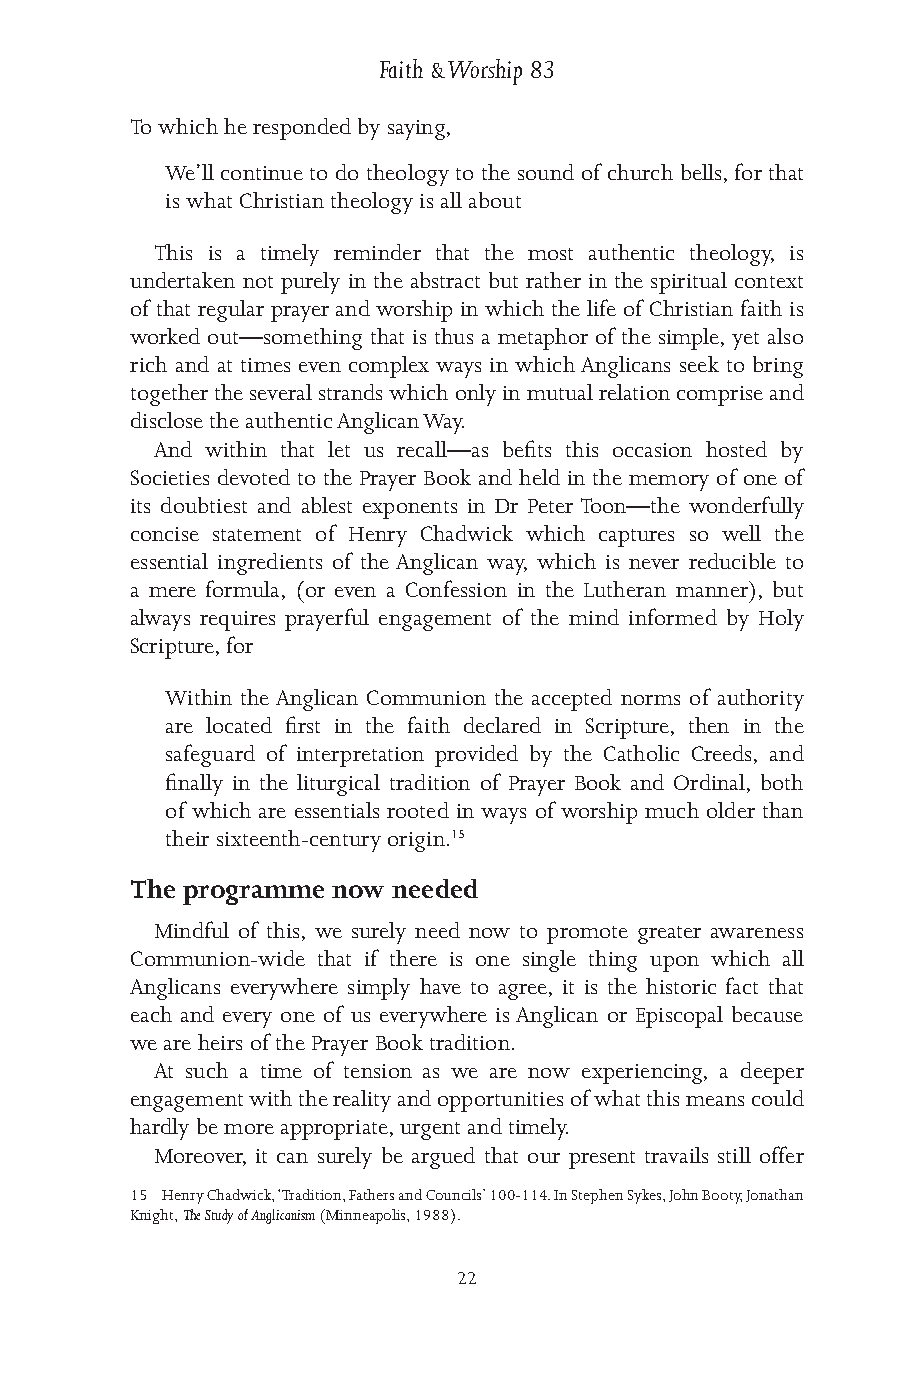
Faith & Worship 83
 To which he responded by saying,
 We’ll continue to do theology to the sound of church bells, for that
 is what Christian theology is all about
 This is a timely reminder that the most authentic theology, is
 undertaken not purely in the abstract but rather in the spiritual context
 of that regular prayer and worship in which the life of Christian faith is
 worked out—something that is thus a metaphor of the simple, yet also
 rich and at times even complex ways in which Anglicans seek to bring
 together the several strands which only in mutual relation comprise and
 disclose the authentic Anglican Way.
 And within that let us recall—as befits this occasion hosted by
 Societies devoted to the Prayer Book and held in the memory of one of
 its doubtiest and ablest exponents in Dr Peter Toon—the wonderfully
 concise statement of Henry Chadwick which captures so well the
 essential ingredients of the Anglican way, which is never reducible to
 a mere formula, (or even a Confession in the Lutheran manner), but
 always requires prayerful engagement of the mind informed by Holy
 Scripture, for
 Within the Anglican Communion the accepted norms of authority
 are located first in the faith declared in Scripture, then in the
 safeguard of interpretation provided by the Catholic Creeds, and
 finally in the liturgical tradition of Prayer Book and Ordinal, both
 of which are essentials rooted in ways of worship much older than
 their sixteenth-century origin.15
 The programme now needed
 Mindful of this, we surely need now to promote greater awareness
 Communion-wide that if there is one single thing upon which all
 Anglicans everywhere simply have to agree, it is the historic fact that
 each and every one of us everywhere is Anglican or Episcopal because
 we are heirs of the Prayer Book tradition.
 At such a time of tension as we are now experiencing, a deeper
 engagement with the reality and opportunities of what this means could
 hardly be more appropriate, urgent and timely.
 Moreover, it can surely be argued that our present travails still offer
 15 Henry Chadwick, ‘Tradition, Fathers and Councils’ 100-114. In Stephen Sykes, John Booty, Jonathan
 Knight, The Study of Anglicanism (Minneapolis, 1988).
 22